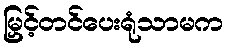
မြှင့်တင်ပေးရုံသာမက